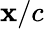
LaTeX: \mathbf{x}/c